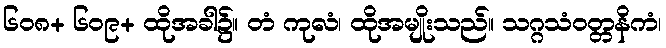
၆၀၈+ ၆၀၉+ ထိုအခါ၌။ တံ ကုလံ၊ ထိုအမျိုးသည်။ သဂ္ဂသံဝတ္တနိကံ၊